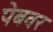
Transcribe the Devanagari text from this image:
पेबवर